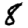
Digit: 8